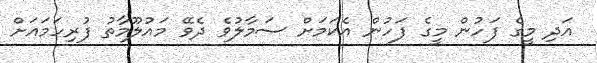
އަދި މީގެ ފަހުން މީގެ ފަހުން އެކަމަށް ސަމާލުވެ ދެވޭ މައުލޫމާތު ފުރިހަމައަށް